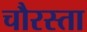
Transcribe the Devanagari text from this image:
चौरस्ता